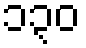
၁၃၀